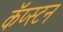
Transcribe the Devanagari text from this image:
कॅप्स्टन